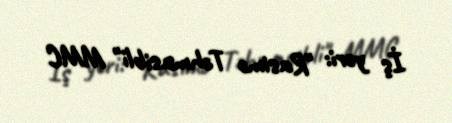
İş yeri: "Rasimə Təhmasibli" MMC